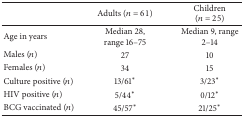
|  | Adults (n = 61) | Children (n = 25) |
 | --- | --- | --- |
 | Age in years | Median 28, range 16–75 | Median 9, range 2–14 |
 | Males (n) | 27 | 10 |
 | Females (n) | 34 | 15 |
 | Culture positive (n) | 13/61∗ | 3/23∗ |
 | HIV positive (n) | 5/44∗ | 0/12∗ |
 | BCG vaccinated (n) | 45/57∗ | 21/25∗ |